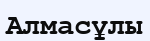
Алмасұлы